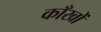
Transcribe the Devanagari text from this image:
काँखों